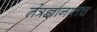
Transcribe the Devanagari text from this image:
तंत्रज्ञानातच